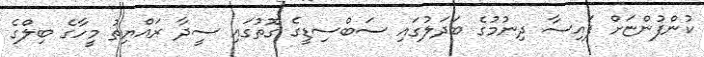
ކުންފުންޏަށް ފައިސާ ދިނުމުގެ ބަދަލުގައި ސަބްސިޑީގެ ގޮތުގައި ސީދާ ރައްޔިތު މީހާގެ ބިލްގެ